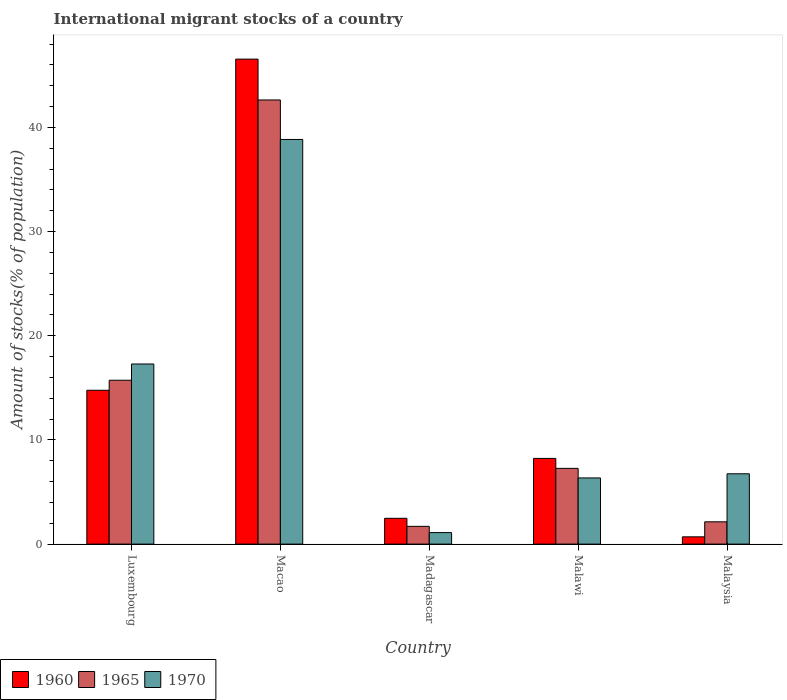
| Country | 1960 | 1965 | 1970 |
 | --- | --- | --- | --- |
 | Luxembourg | 14.8 | 15.7 | 17.3 |
 | Macao | 46.6 | 42.6 | 38.8 |
 | Madagascar | 2.48 | 1.7 | 1.1 |
 | Malawi | 8.23 | 7.27 | 6.35 |
 | Malaysia | 0.697 | 2.14 | 6.75 |